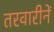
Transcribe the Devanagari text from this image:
तरवारीनें